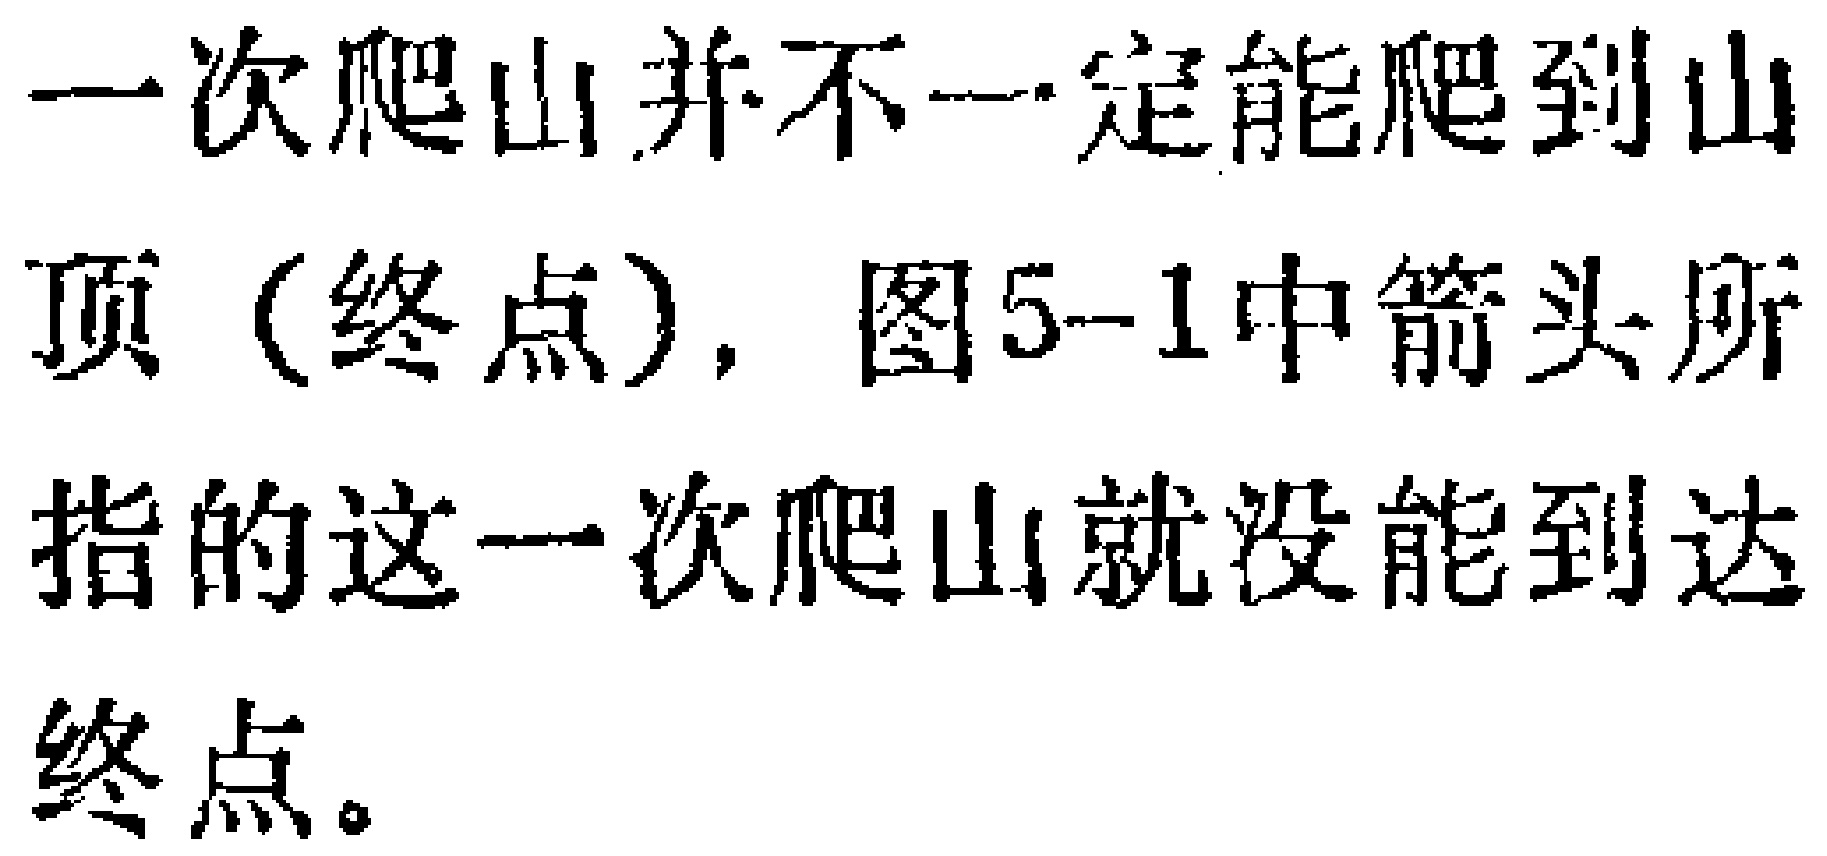
一次爬山并不一定能爬到山顶（终点），图5-1中箭头所指的这一次爬山就没能到达终点。